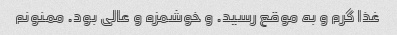
غذا گرم و به موقع رسید. و خوشمزه و عالی بود. ممنونم